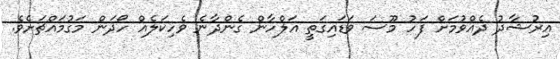
އިރުޝާދު ދެއްވުމަށް ފަހު މޫސަ ވަޑައިގަތީ އަލްހާން ގެންދާނެ ވެހިކަލެއް ހޯދަން މަގުމައްޗަށެވެ.